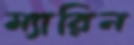
ম্যারিন